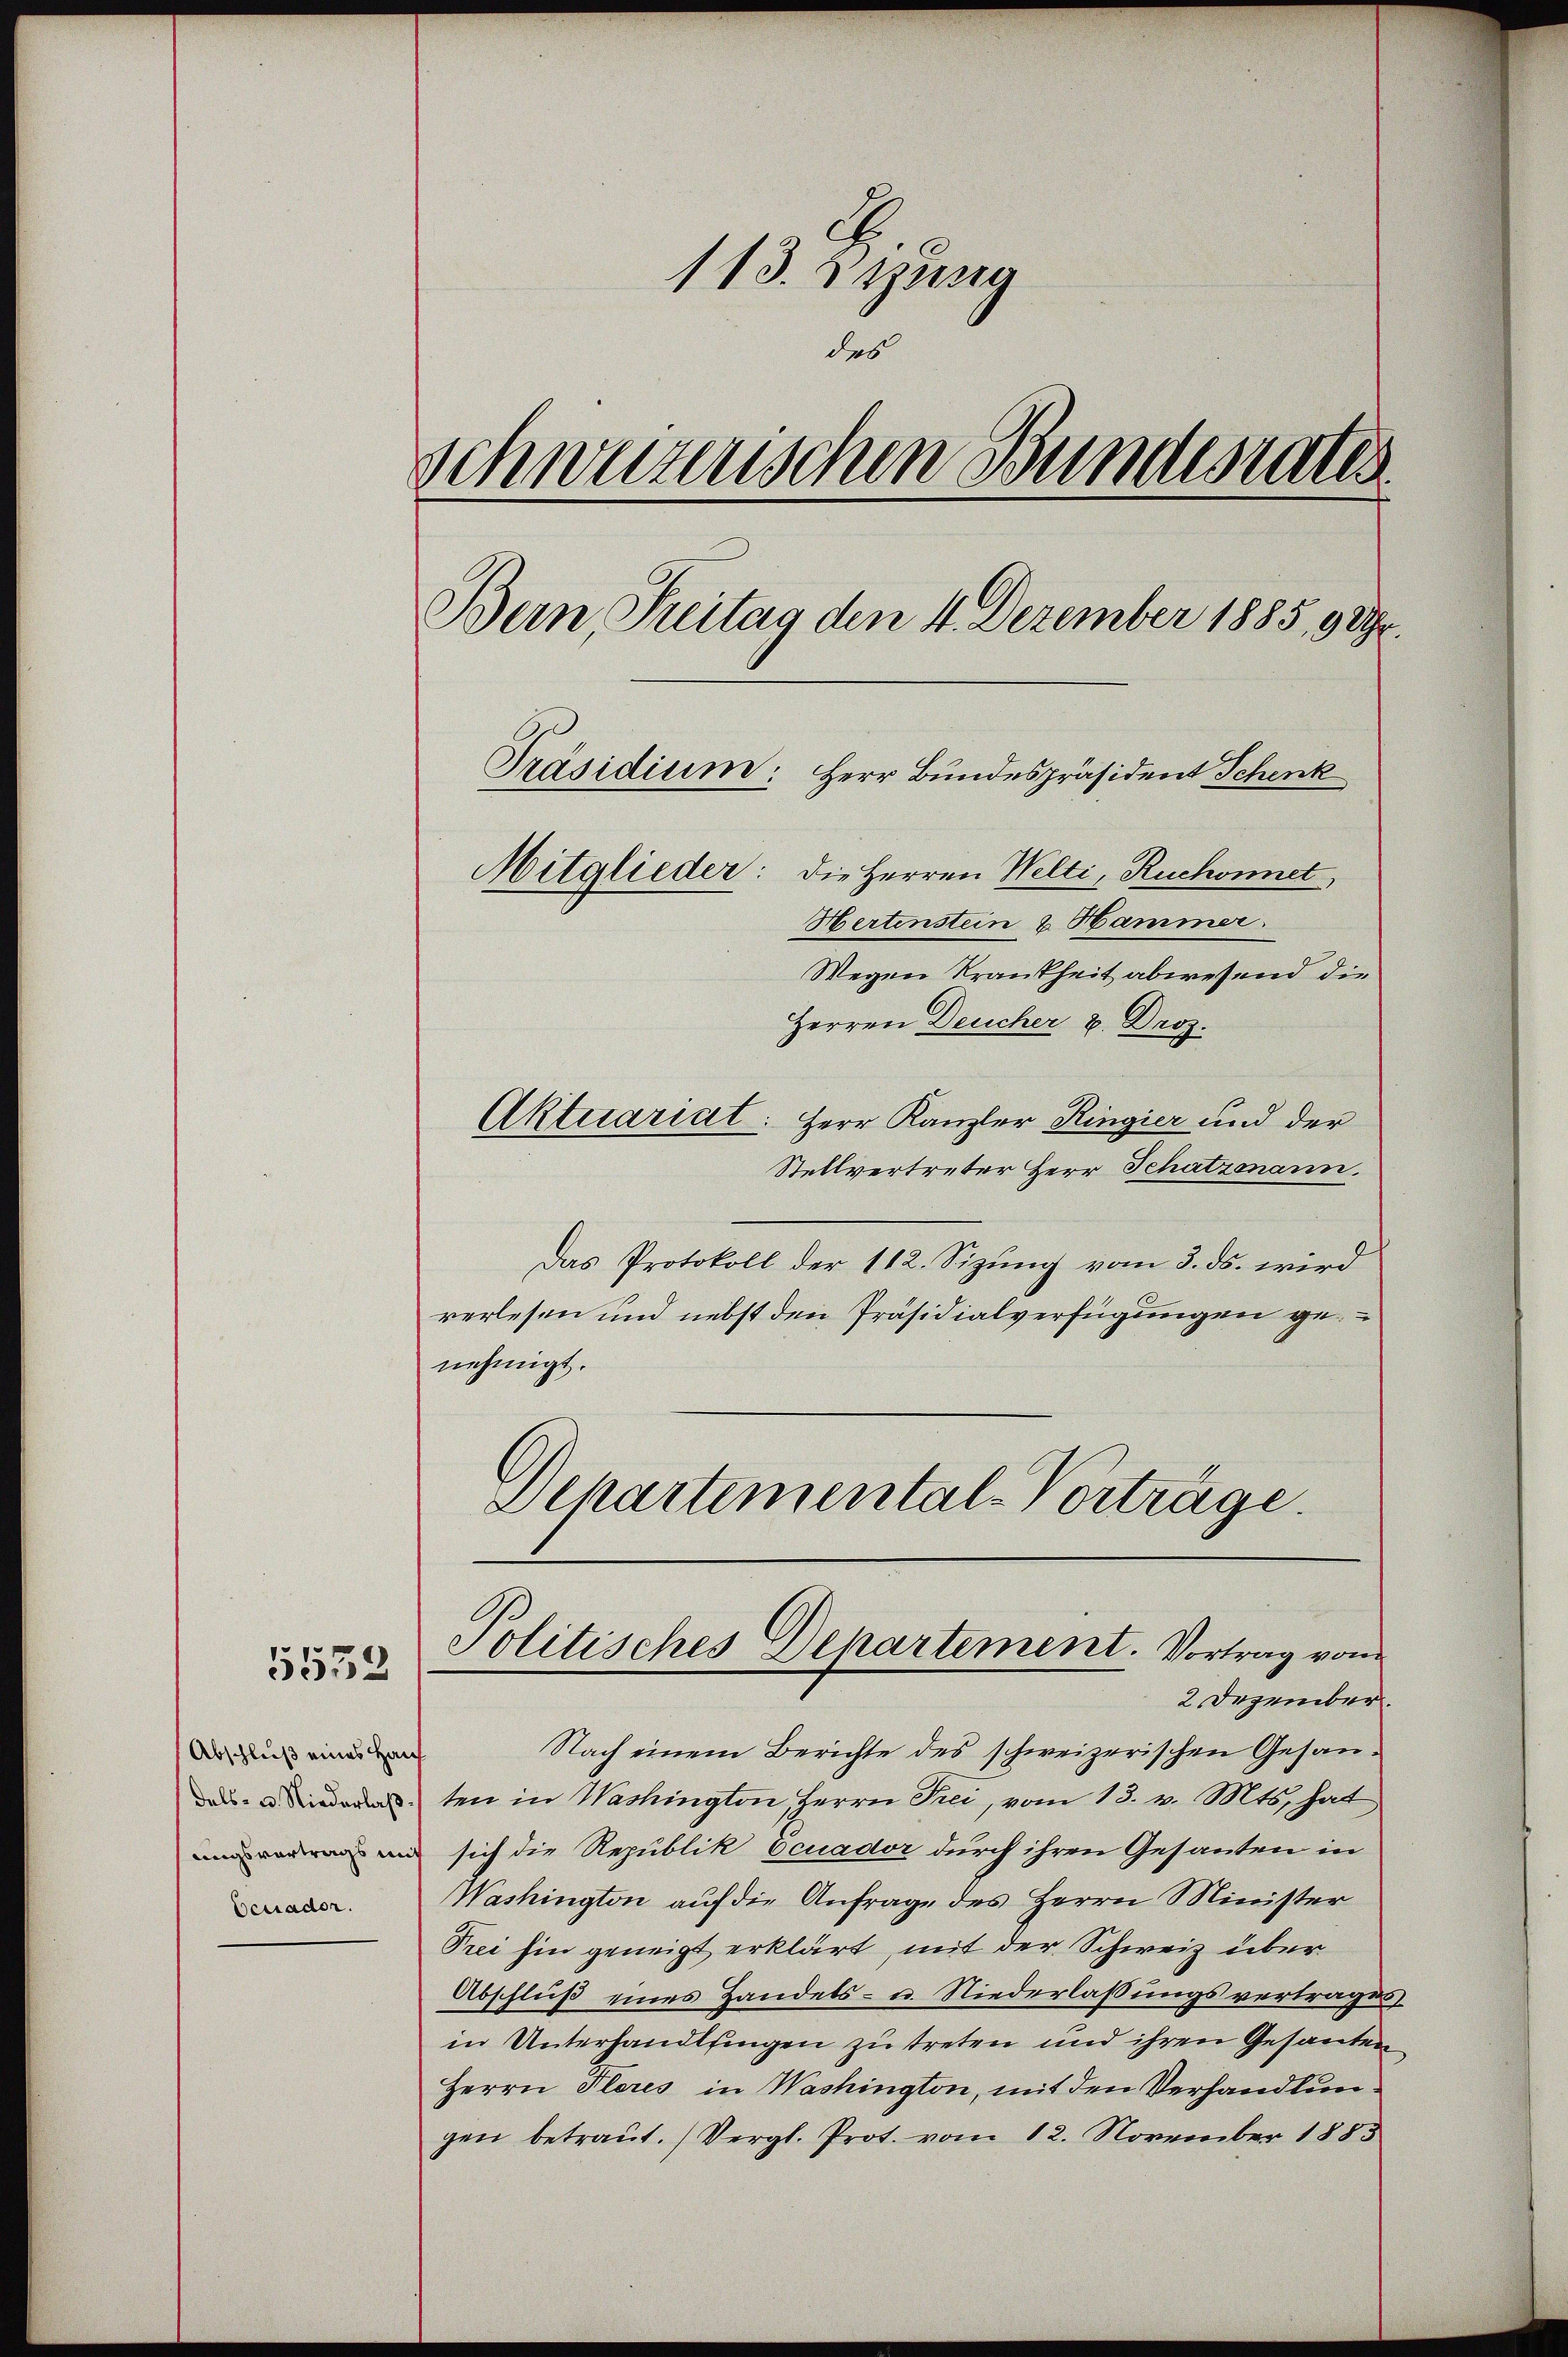
113. di una
des
Schweizerischen Bundesrates
Bern, Breitag den 4. Dezember 1885, 9 Uhr.
Präsidium: Herr Bundespräsident Schenk
Mitglieder: die Herren Welti, Ruchonnet,
Hertenstein & Hammer.
Wegen Krankheit abwesend die
Herren Deucher v. Droz.

5539

Abschluß eines Haus
dels- u. Niederlaß
Eeuader.

Aktuariat: Herr Kanzler Ringier und der
Stellvertreter Herr Schatzmann.
Das Protokoll der 112. Sizung vom 3. ds. wird
rerlesen und nebst den Präsidialverfügungen genehmigt.
Dchartemental-Vorträge.

Politisches Departement. Vortrag von
2 Dezember.

Nach einem Berichte des schweizerischen Gesanten in Washington Herrn Prei, vom 13. v. Mts. hat
un sich die Republik Ocuador durch ihren Gesanten in
Washington auf die Anfrage des Herrn Minister
Frei hin geneigt erklärt, mit der Schweiz über
Abschluß eines Handels- u. Niederlassungsvertrages
in Unterhandlsingen zu treten und ihren Gesanten
Herrn Pleres in Washington, mit den Verhandlungen betraŭt. (Vergl. Prot. vom 12. November 1885